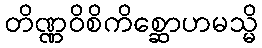
တိဏ္ဏဝိစိကိစ္ဆောဟမသ္မိ